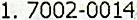
1. 7002-0014